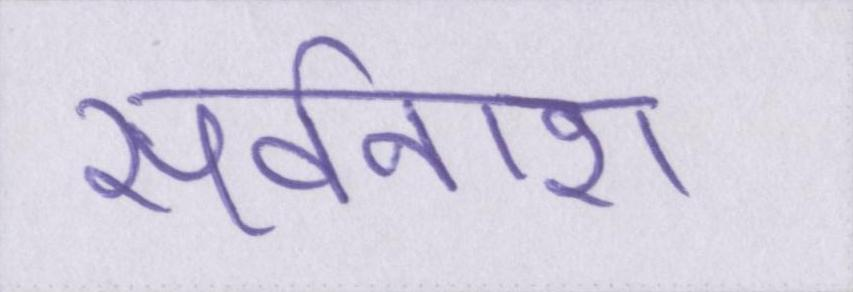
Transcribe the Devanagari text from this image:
सर्वनाश